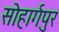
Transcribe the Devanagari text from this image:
सोहार्गपुर